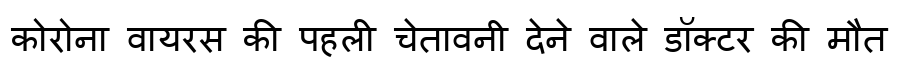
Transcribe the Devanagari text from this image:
कोरोना वायरस की पहली चेतावनी देने वाले डॉक्टर की मौत